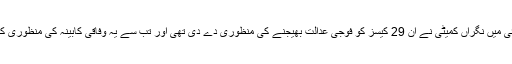
رواں سال جولائی میں نگراں کمیٹی نے ان 29 کیسز کو فوجی عدالت بھیجنے کی منظوری دے دی تھی اور تب سے یہ وفاقی کابینہ کی منظوری کے منتظر تھے۔